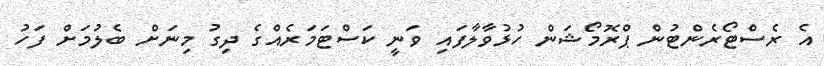
އެ ރެސްޓޯރެންޓުން ޕްރޮމޯޝަން ހުޅުވާލާފައި ވަނީ ކަސްޓަމަރެއްގެ ދިގު މިނަށް ބެލުމަށް ފަހު